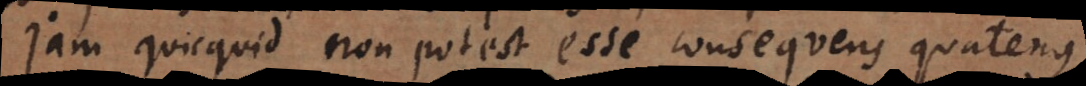
Jam quicquid non potest esse consequens quatenus